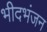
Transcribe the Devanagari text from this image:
भीदभंजन